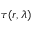
\tau ( r , \lambda )